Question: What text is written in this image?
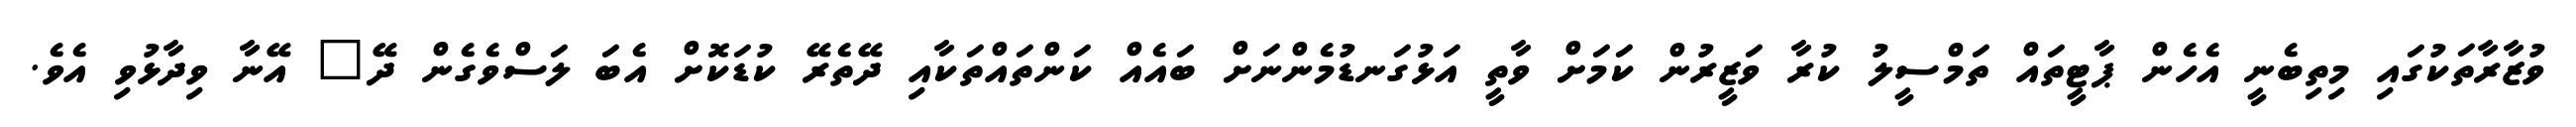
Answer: ވުޒާރާތަކުގައި މިތިބެނީ އެހެން ޕާޓީތައް ތަމްސީލު ކުރާ ވަޒީރުން ކަމަށް ވާތީ އަޅުގަނޑުމެންނަށް ބައެއް ކަންތައްތަކާއި ދޭތެރޭ ކުޑަކޮށް އެބަ ލަސްވެގެން ދޭ" އޭނާ ވިދާޅުވި އެވެ.